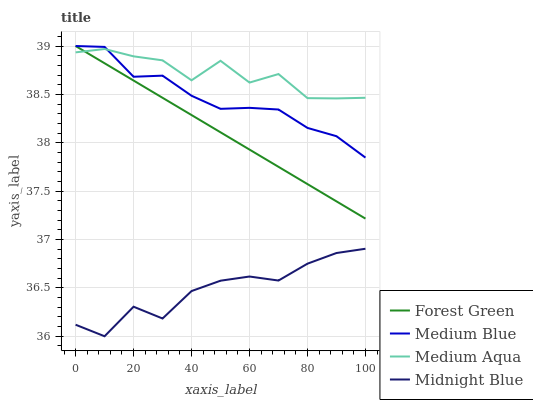
| xaxis_label | Forest Green | Medium Blue | Medium Aqua | Midnight Blue |
 | --- | --- | --- | --- | --- |
 | 0 | 39 | 39 | 38.9 | 36.1 |
 | 10 | 38.8 | 39 | 39 | 36 |
 | 20 | 38.6 | 38.7 | 38.9 | 36.3 |
 | 30 | 38.5 | 38.7 | 38.9 | 36.2 |
 | 40 | 38.3 | 38.5 | 38.6 | 36.5 |
 | 50 | 38.1 | 38.4 | 38.8 | 36.6 |
 | 60 | 37.9 | 38.4 | 38.6 | 36.6 |
 | 70 | 37.8 | 38.3 | 38.7 | 36.6 |
 | 80 | 37.6 | 38.2 | 38.5 | 36.8 |
 | 90 | 37.4 | 38.1 | 38.5 | 36.9 |
 | 100 | 37.2 | 37.8 | 38.5 | 36.9 |